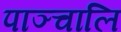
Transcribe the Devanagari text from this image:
पाञ्चालि